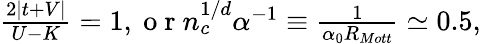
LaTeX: \begin{array}{r}{\frac{2|t+V|}{U-K}=1,\mathrm{~o~r~}n_{c}^{1/d}\alpha^{-1}\equiv\frac{1}{\alpha_{0}R_{Mott}}\simeq 0.5,}\end{array}